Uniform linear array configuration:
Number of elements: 64
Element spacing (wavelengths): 0.25
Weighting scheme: hamming
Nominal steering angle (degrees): -30
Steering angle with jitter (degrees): -30.006
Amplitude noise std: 0.05
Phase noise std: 0.05

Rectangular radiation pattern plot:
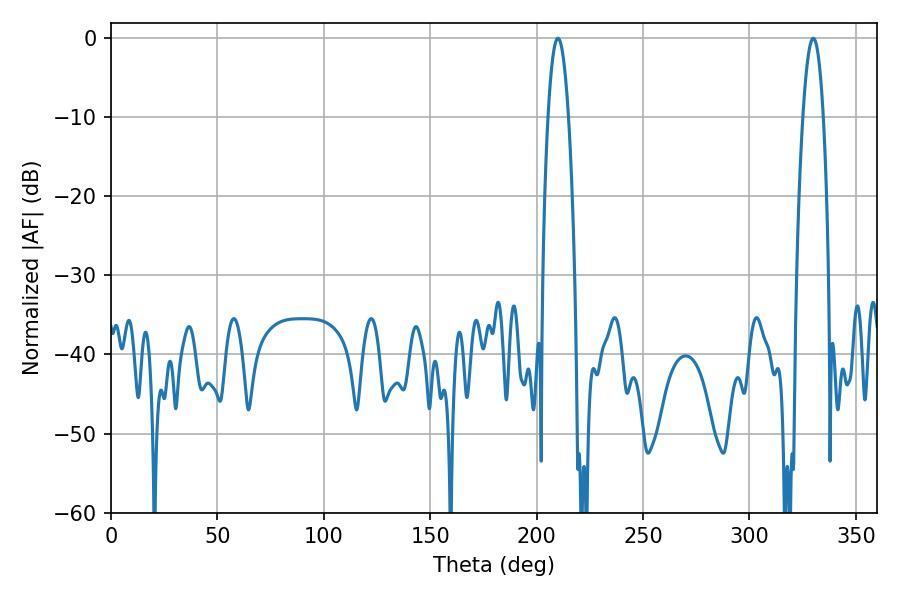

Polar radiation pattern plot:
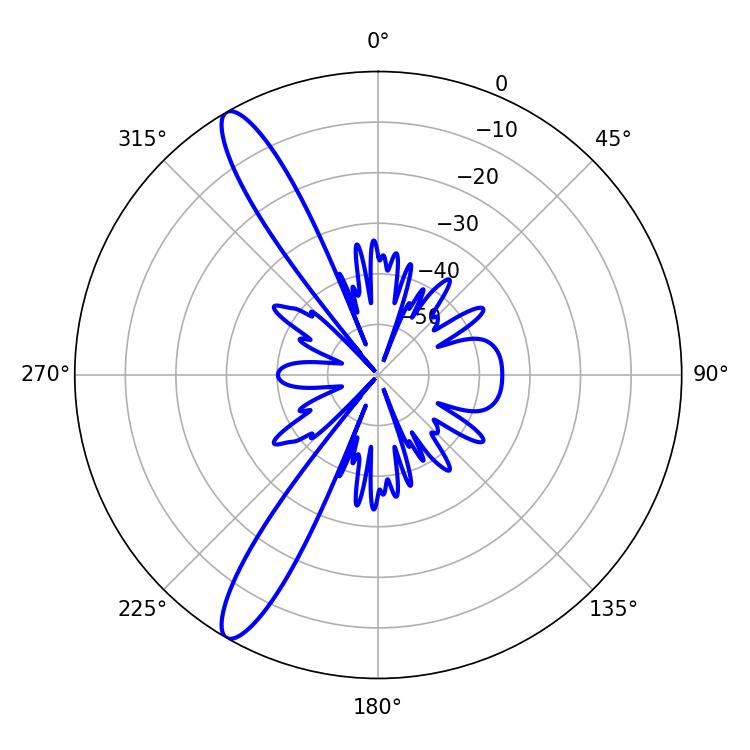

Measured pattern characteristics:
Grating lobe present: FALSE
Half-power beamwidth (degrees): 5.4
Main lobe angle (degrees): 210.06